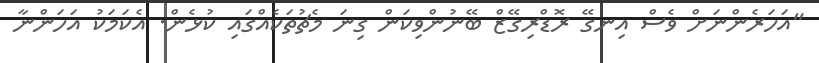
"އަހަރެންނަށް ވެސް އިނގޭ ރޮޑްރިގޭޒް ބޭނުންވިކަން ގިނަ މެޗުތަކެއްގައި ކުޅެން. އެކަމަކު އަހަންނާ